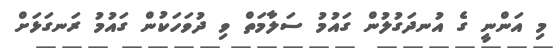
މި އަންނީ ގެ އުނދަގުލުން ގައުމު ސަލާމަތް ވިި ދުވަހަކުން ގައުމު ރަނގަޅަށް